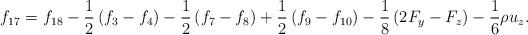
LaTeX: \begin{align*}{f_{17}} = {f_{18}} - \frac{1}{2}\left( {{f_3} - {f_4}} \right) - \frac{1}{2}\left( {{f_7} - {f_8}} \right) + \frac{1}{2}\left( {{f_9} - {f_{10}}} \right) - \frac{1}{8}\left( {2{F_y} - {F_z}} \right) - \frac{1}{6}\rho {u_z}.\end{align*}